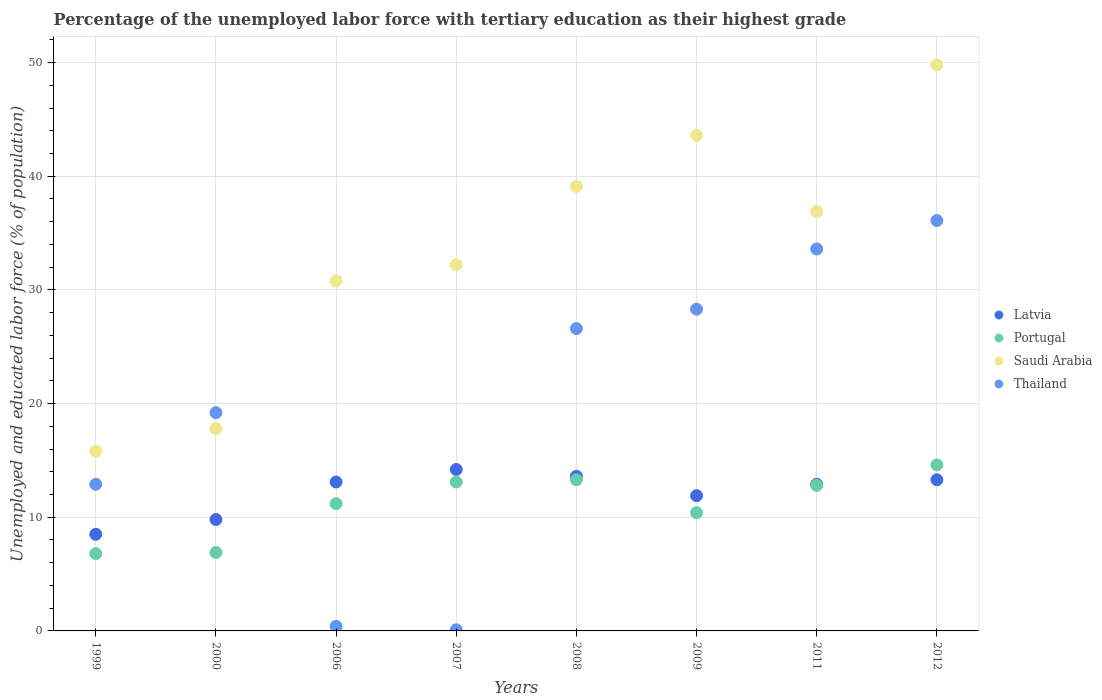
| Years | Latvia | Portugal | Saudi Arabia | Thailand |
 | --- | --- | --- | --- | --- |
 | 1999 | 8.5 | 6.8 | 15.8 | 12.9 |
 | 2000 | 9.8 | 6.9 | 17.8 | 19.2 |
 | 2006 | 13.1 | 11.2 | 30.8 | 0.4 |
 | 2007 | 14.2 | 13.1 | 32.2 | 0.1 |
 | 2008 | 13.6 | 13.3 | 39.1 | 26.6 |
 | 2009 | 11.9 | 10.4 | 43.6 | 28.3 |
 | 2011 | 12.9 | 12.8 | 36.9 | 33.6 |
 | 2012 | 13.3 | 14.6 | 49.8 | 36.1 |